Annual report of the Punjab Veterinary College and of the Civil Veterinary Department, Punjab - 1920-1925
Year: 1920
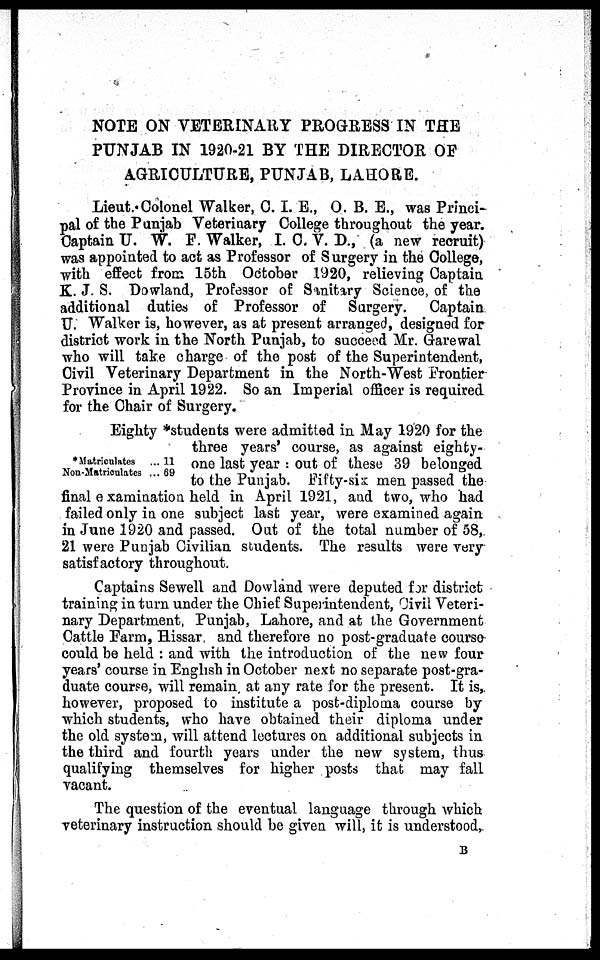
NOTE ON VETERINARY PROGRESS IN THE
PUNJAB IN 1920-21 BY THE DIRECTOR OF
AGRICULTURE, PUNJAB, LAHORE.
Lieut-Colonel Walker, C. I. E., O. B. E., was Princi-
pal of the Punjab Veterinary College throughout the year.
Captain U. W. F. Walker, I. C. V. D., (a new recruit)
was appointed to act as Professor of Surgery in the College,
with effect from 15th October 1920, relieving Captain
K. J. S. Dowland, Professor of Sanitary Science, of the
additional duties of Professor of Surgery. Captain
U. Walker is, however, as at present arranged, designed for
district work in the North Punjab, to succeed Mr. Garewal
who will take charge of the post of the Superintendent,
Civil Veterinary Department in the North-West Frontier
Province in April 1922. So an Imperial officer is required
for the Chair of Surgery.
*Matriculates
Non-Matriculates
... 11
... 69
Eighty *students were admitted in May 1920 for the
three years' course, as against eighty-
one last year: out of these 39 belonged
to the Punjab. Fifty-six men passed the
final examination held in April 1921, and two, who had
failed only in one subject last year, were examined again
in June 1920 and passed. Out of the total number of 58,
21 were Punjab Civilian students. The results were very
satisfactory throughout.
Captains Sewell and Dowland were deputed for district
training in turn under the Chief Superintendent, Civil Veteri-
nary Department, Punjab, Lahore, and at the Government
Cattle Farm, Hissar, and therefore no post-graduate course-
could be held: and with the introduction of the new four
years' course in English in October next no separate post-gra-
duate course, will remain, at any rate for the present. It is,
however, proposed to institute a post-diploma course by
which students, who have obtained their diploma under
the old system, will attend lectures on additional subjects in
the third and fourth years under the new system, thus
qualifying themselves for higher posts that may fall
vacant.
The question of the eventual language through which
veterinary instruction should be given will, it is understood,
B